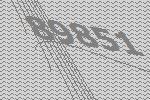
89851